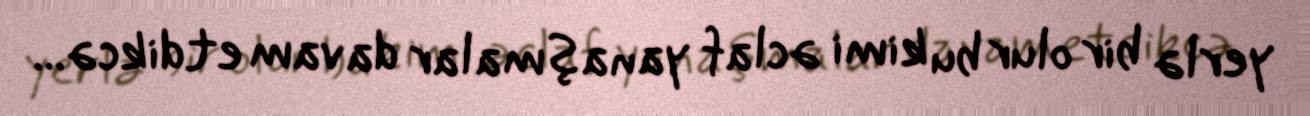
yerlə bir olur bu kimi əclaf yanaşmalar davam etdikcə...